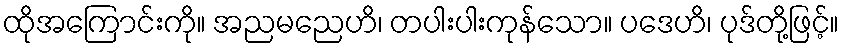
ထိုအကြောင်းကို။ အညမညေဟိ၊ တပါးပါးကုန်သော။ ပဒေဟိ၊ ပုဒ်တို့ဖြင့်။